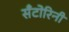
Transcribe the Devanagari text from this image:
सँटोरिनी